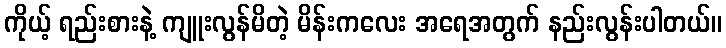
ကိုယ့် ရည်းစားနဲ့ ကျူးလွန်မိတဲ့ မိန်းကလေး အရေအတွက် နည်းလွန်းပါတယ်။